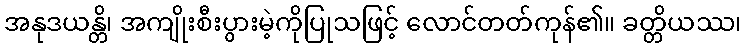
အနုဒယန္တိ၊ အကျိုးစီးပွားမဲ့ကိုပြုသဖြင့် လောင်တတ်ကုန်၏။ ခတ္တိယဿ၊